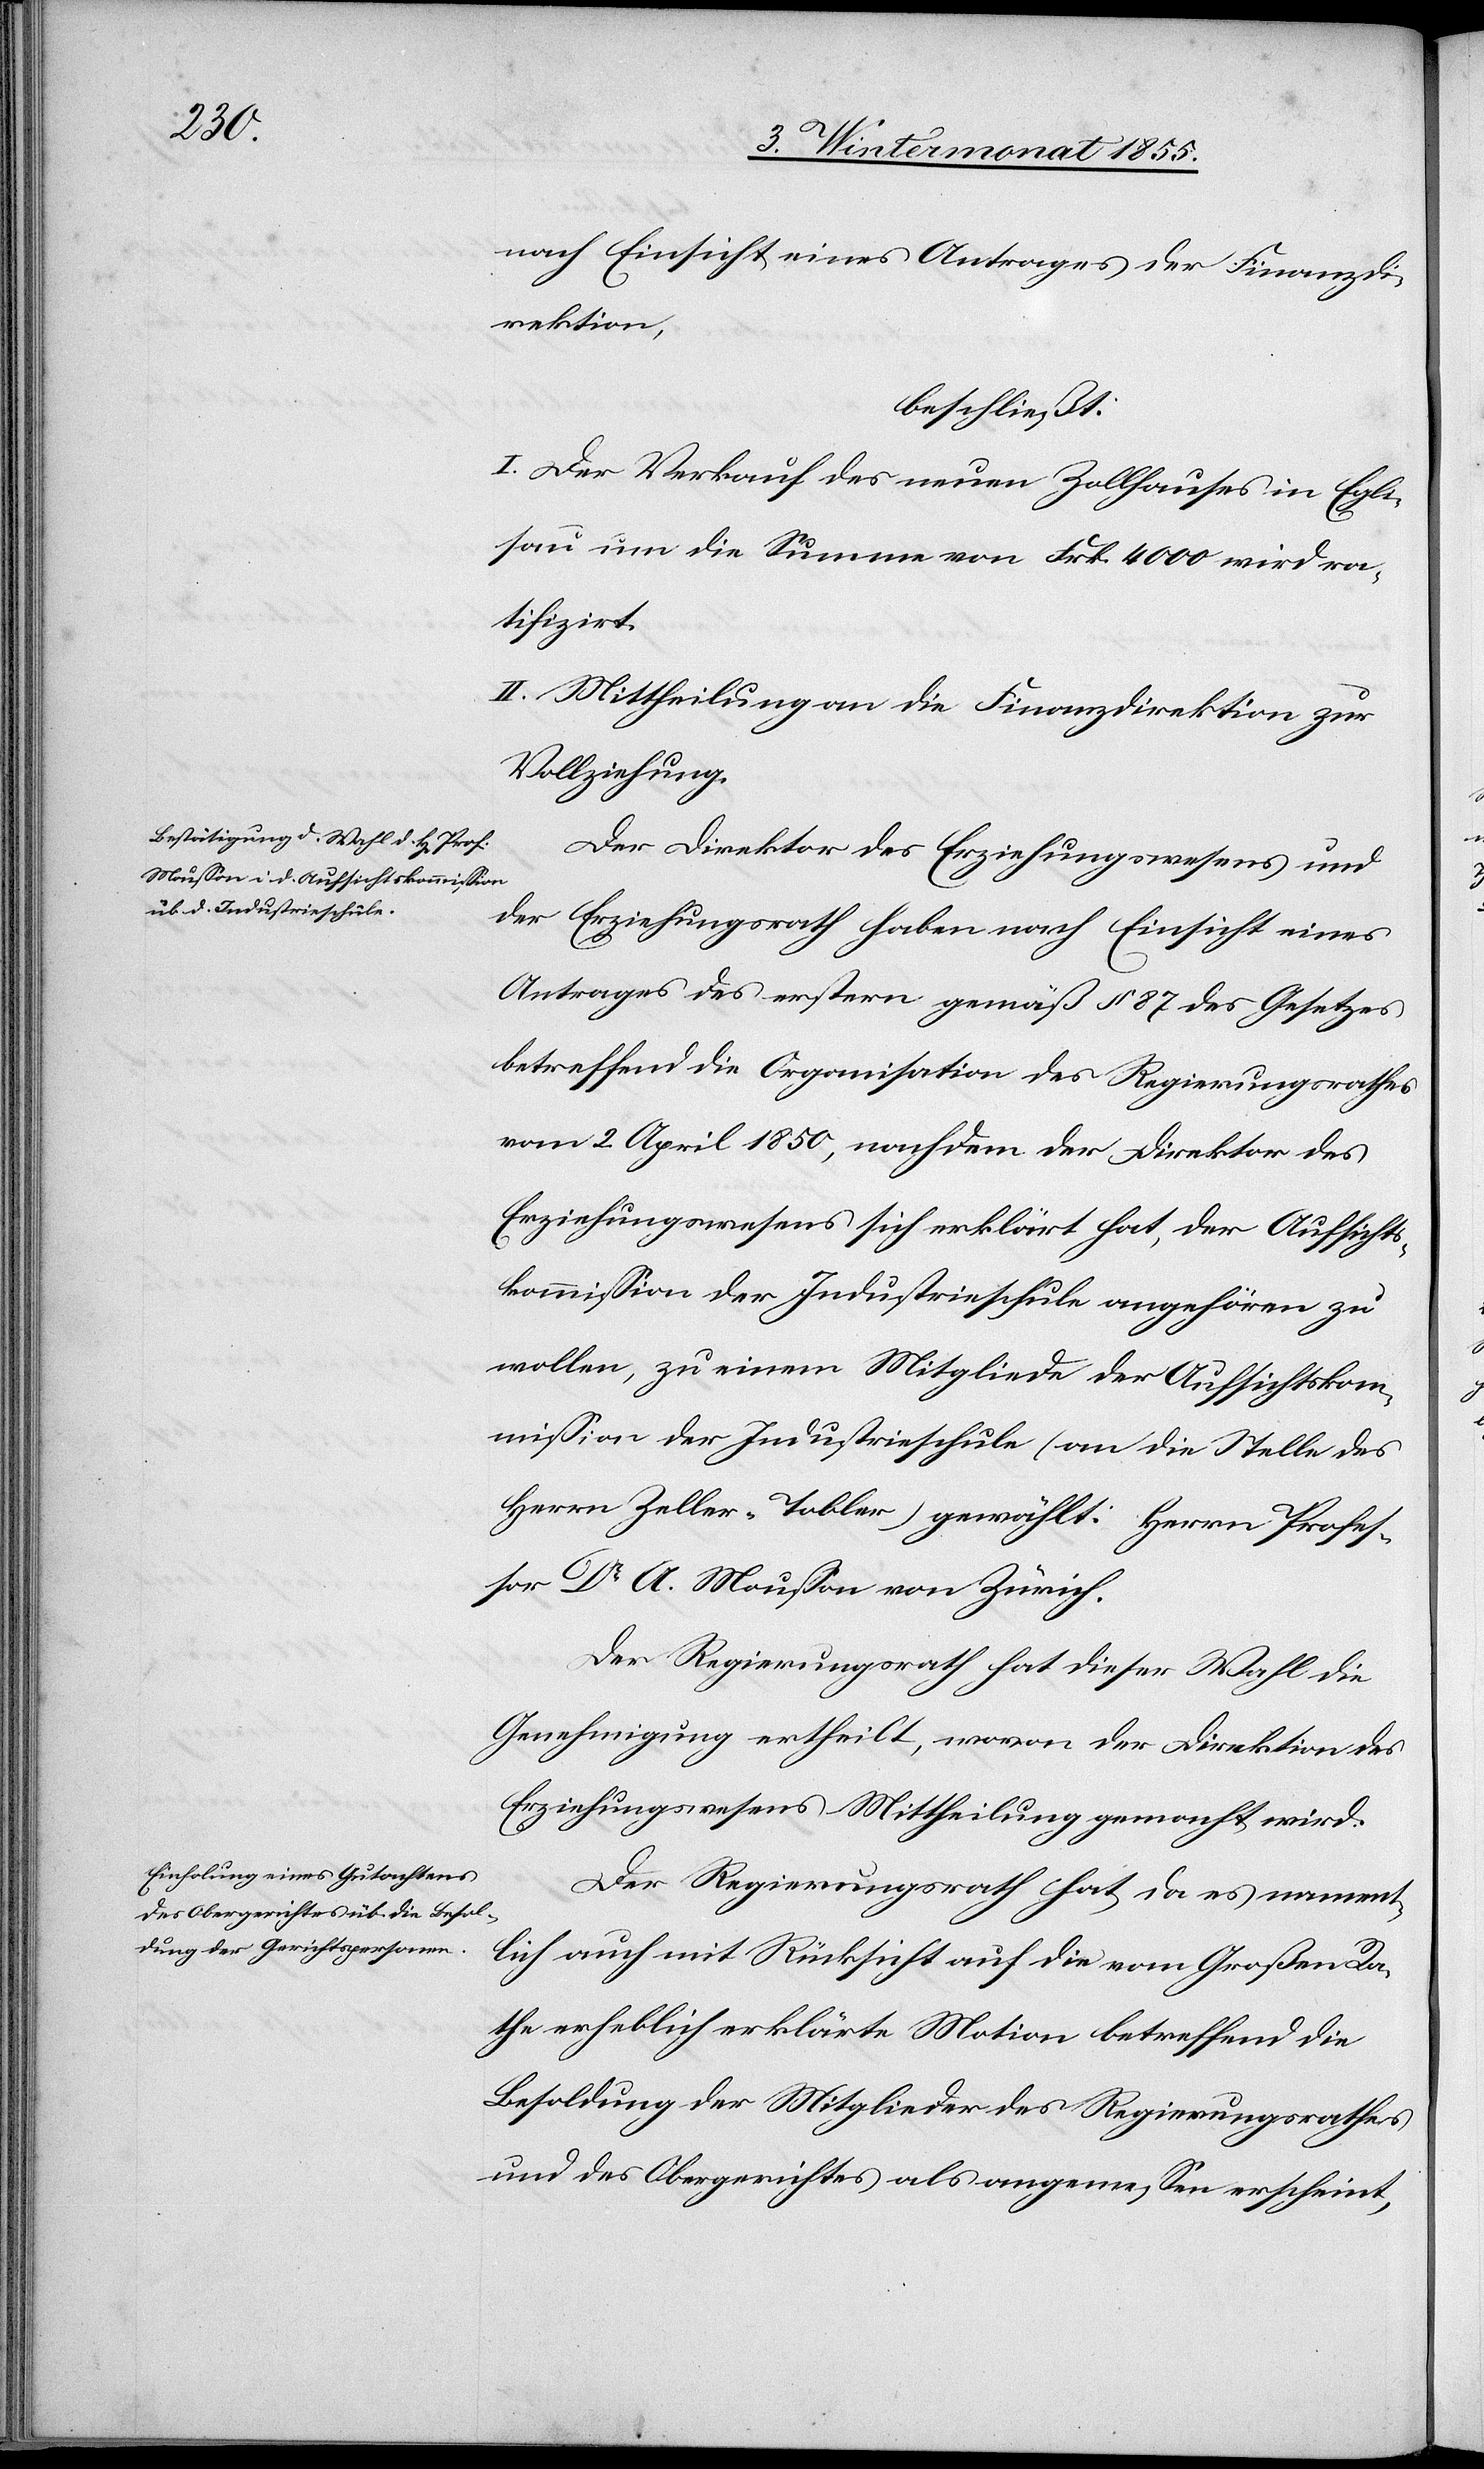
nach Einsicht eines Antrages der Finanzdi¬
rektion,
beschließt:
I. Der Verkauf des neuen Zollhauses in Egli¬
sau um die Summe von Frk. 4000 wird ra¬
tifizirt.
II. Mittheilung an die Finanzdirektion zur
Vollziehung.
Der Direktor des Erziehungswesens und
der Erziehungsrath haben nach Einsicht eines
Antrages des erstern gemäß § 87 des Gesetzes
betreffend die Organisation des Regierungsrathes
vom 2 April 1850, nachdem der Direktor des
Erziehungswesens sich erklärt hat, der Aufsichts¬
kommission der Industrieschule angehören zu
wollen, zu einem Mitgliede der Aufsichtskom¬
mission der Industrieschule (an die Stelle des
Herrn Zeller-Tobler) gewählt: Herrn Profes¬
sor Dr A. Mousson von Zürich.
Der Regierungsrath hat dieser Wahl die
Genehmigung ertheilt, wovon der Direktion des
Erziehungswesens Mittheilung gemacht wird.
Der Regierungsrath hat da es nament¬
lich auch mit Rücksicht auf die vom Großen Ra¬
the erheblich erklärte Motion betreffend die
Besoldung der Mitglieder des Regierungsrathes
und des Obergerichtes als angemessen erscheint,